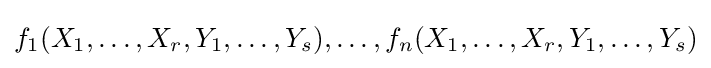
f_{1}(X_{1},\ldots ,X_{r},Y_{1},\ldots ,Y_{s}),\ldots ,f_{n}(X_{1},\ldots ,X_{r},Y_{1},\ldots ,Y_{s})